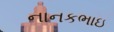
નાનકભાઇ